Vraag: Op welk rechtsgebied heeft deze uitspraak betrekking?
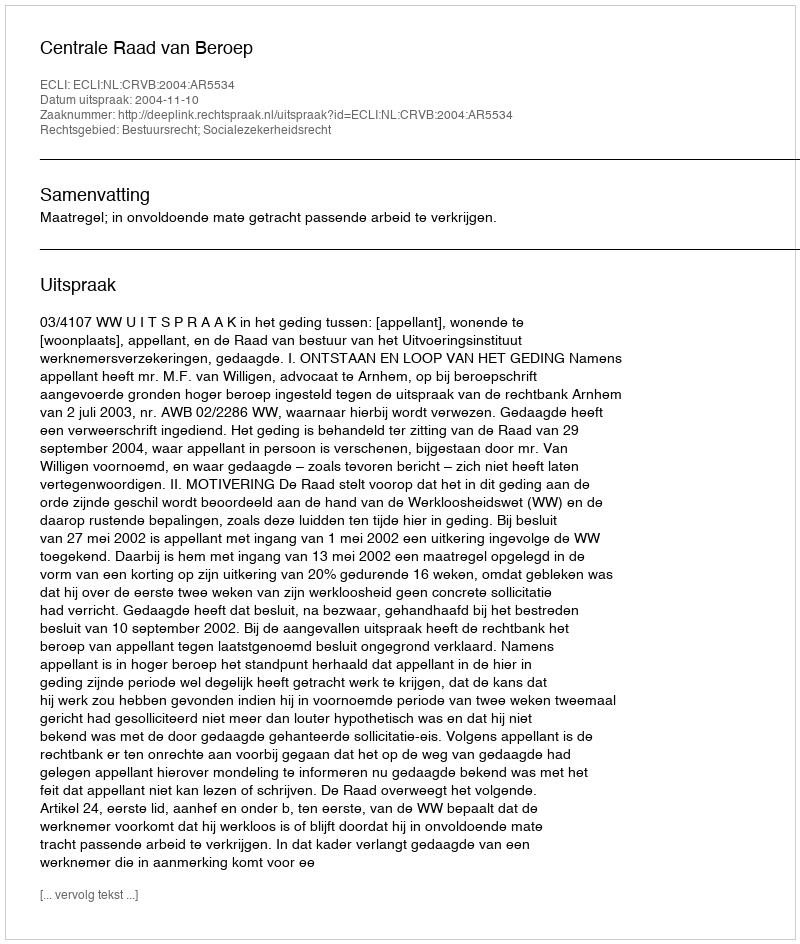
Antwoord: Bestuursrecht; Socialezekerheidsrecht